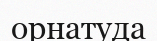
орнатуда